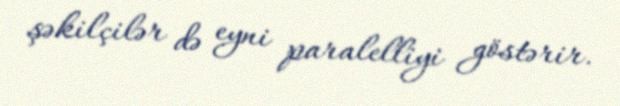
şəkilçilər də eyni paralelliyi göstərir.